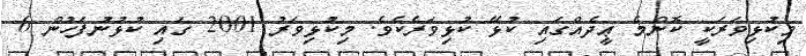
މިކުޅިވަރަކީ ކޮންމެ ޢީދެއްގައި ކުޅޭ ކުޅިވަރެކެވެ. މިކުޅިވަރު 2001 ގައި ކުޅުނުފަހުން 6